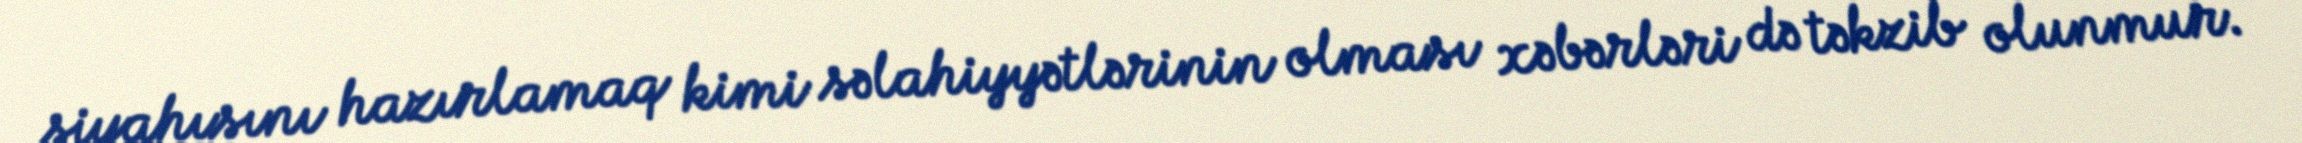
siyahısını hazırlamaq kimi səlahiyyətlərinin olması xəbərləri də təkzib olunmur.